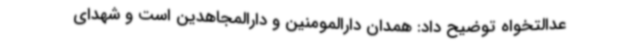
عدالتخواه توضیح داد: همدان دارالمومنین و دارالمجاهدین است و شهدای